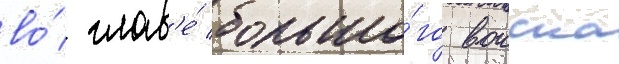
во́ глав'е́ большо́го воиска